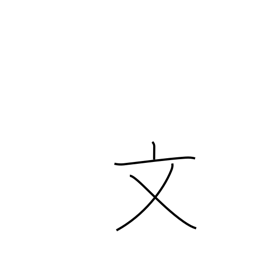
Meaning: literary radical (no. 67)